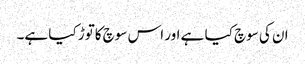
ان کی سوچ کیا ہے اور اس سوچ کاتوڑ کیا ہے۔